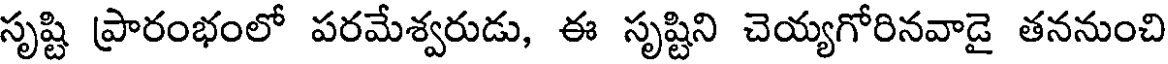
సృష్టి ప్రారంభంలో పరమేశ్వరుడు, ఈ సృష్టిని చెయ్యగోరినవాడై తననుంచి